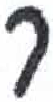
אות: ר